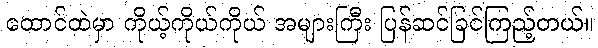
ထောင်ထဲမှာ ကိုယ့်ကိုယ်ကိုယ် အများကြီး ပြန်ဆင်ခြင်ကြည့်တယ်။